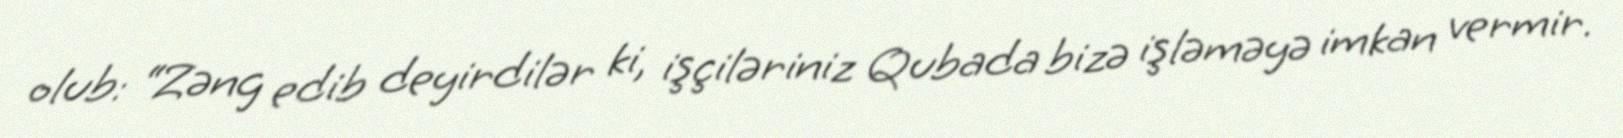
olub: “Zəng edib deyirdilər ki, işçiləriniz Qubada bizə işləməyə imkan vermir.